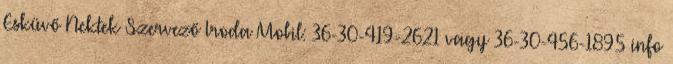
Esküvő Nektek Szervező Iroda Mobil: 36-30-419-2621 vagy 36-30-456-1895 info